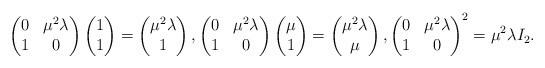
\begin{align*}\begin{pmatrix}0 & \mu^2\lambda \\1 & 0\end{pmatrix}\begin{pmatrix}1\\1\end{pmatrix}=\begin{pmatrix}\mu^2\lambda\\1\end{pmatrix},\begin{pmatrix}0 & \mu^2\lambda \\1 & 0\end{pmatrix}\begin{pmatrix}\mu\\1\end{pmatrix}=\begin{pmatrix}\mu^2\lambda\\\mu\end{pmatrix},\begin{pmatrix}0 & \mu^2\lambda \\1 & 0\end{pmatrix}^2=\mu^2\lambda I_2.\end{align*}